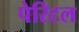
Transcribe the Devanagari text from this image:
पेरिटल